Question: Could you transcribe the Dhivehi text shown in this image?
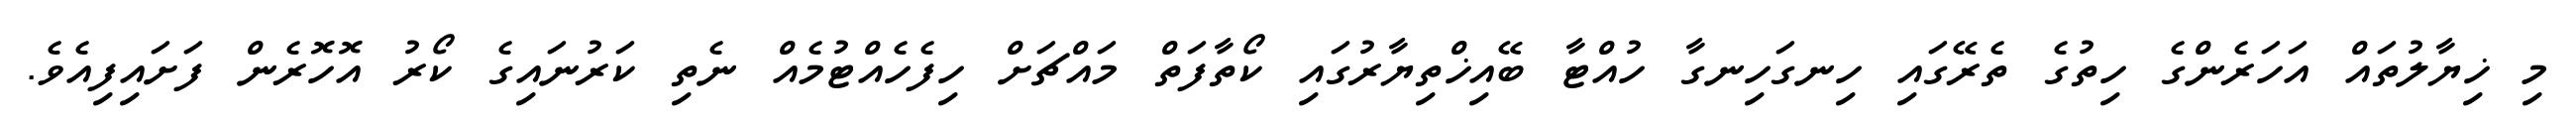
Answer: މި ޚިޔާލުތައް އަހަރެންގެ ހިތުގެ ތެރޭގައި ހިނގަހިނގާ ހުއްޓާ ބޭއިޚްތިޔާރުގައި ކޯތާފަތް މައްޗަށް ހިފެހެއްޓުމެއް ނެތި ކަރުނައިގެ ކޯރު އޮހޮރެން ފަށައިފިއެވެ.